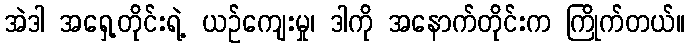
အဲဒါ အရှေ့တိုင်းရဲ့ ယဉ်ကျေးမှု၊ ဒါကို အနောက်တိုင်းက ကြိုက်တယ်။